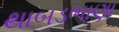
થાબડભાણા